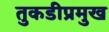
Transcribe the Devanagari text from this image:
तुकडीप्रमुख